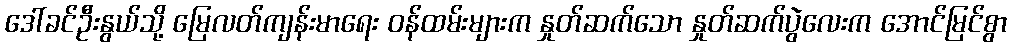
ဒေါ်ခင်ဦးနွယ်သို့ မြေလတ်ကျန်းမာရေး ဝန်ထမ်းများက နှုတ်ဆက်သော နှုတ်ဆက်ပွဲလေးက အောင်မြင်စွာ